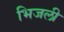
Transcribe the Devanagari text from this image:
भिजली